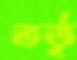
ভর্তৃ